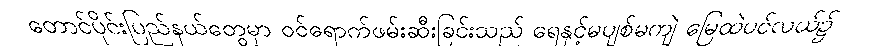
တောင်ပိုင်းပြည်နယ်တွေမှာ ဝင်ရောက်ဖမ်းဆီးခြင်းသည် ရေနှင့်မပျစ်မကျဲ မြေထဲပင်လယ်၌